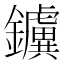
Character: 𨯼